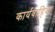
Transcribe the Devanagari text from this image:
कार्यवाहिया